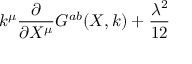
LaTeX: k ^ { \mu } \frac \partial { \partial X ^ { \mu } } G ^ { a b } ( X , k ) + \frac { \lambda ^ { 2 } } { 1 2 }